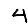
Digit: 4